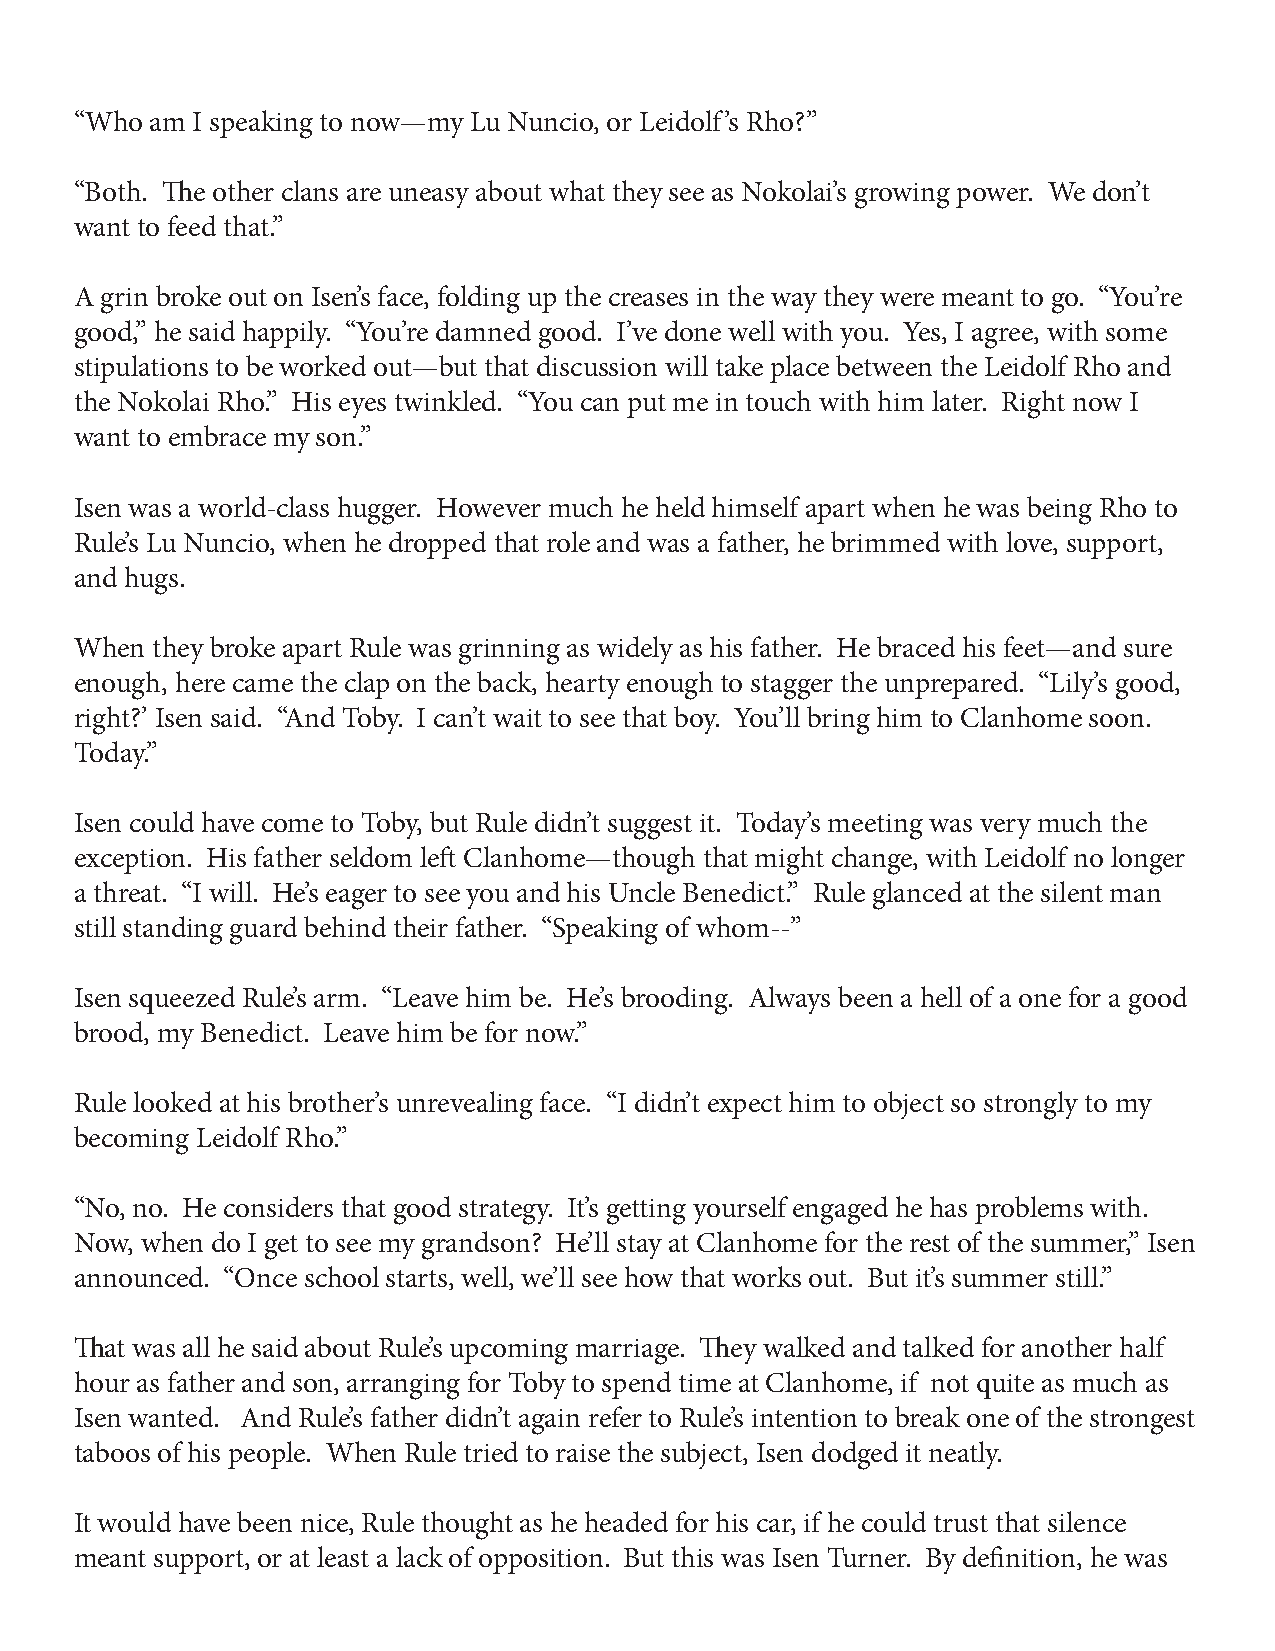
“Who am I speaking to now—my Lu Nuncio, or Leidolf’s Rho?”
 “Both. The other clans are uneasy about what they see as Nokolai’s growing power. We don’t
 want to feed that.”
 A grin broke out on Isen’s face, folding up the creases in the way they were meant to go. “You’re
 good,” he said happily. “You’re damned good. I’ve done well with you. Yes, I agree, with some
 stipulations to be worked out—but that discussion will take place between the Leidolf Rho and
 the Nokolai Rho.” His eyes twinkled. “You can put me in touch with him later. Right now I
 want to embrace my son.”
 Isen was a world-class hugger. However much he held himself apart when he was being Rho to
 Rule’s Lu Nuncio, when he dropped that role and was a father, he brimmed with love, support,
 and hugs.
 When they broke apart Rule was grinning as widely as his father. He braced his feet—and sure
 enough, here came the clap on the back, hearty enough to stagger the unprepared. “Lily’s good,
 right?’ Isen said. “And Toby. I can’t wait to see that boy. You’ll bring him to Clanhome soon.
 Today.”
 Isen could have come to Toby, but Rule didn’t suggest it. Today’s meeting was very much the
 exception. His father seldom left Clanhome—though that might change, with Leidolf no longer
 a threat. “I will. He’s eager to see you and his Uncle Benedict.” Rule glanced at the silent man
 still standing guard behind their father. “Speaking of whom--”
 Isen squeezed Rule’s arm. “Leave him be. He’s brooding. Always been a hell of a one for a good
 brood, my Benedict. Leave him be for now.”
 Rule looked at his brother’s unrevealing face. “I didn’t expect him to object so strongly to my
 becoming Leidolf Rho.”
 “No, no. He considers that good strategy. It’s getting yourself engaged he has problems with.
 Now, when do I get to see my grandson? He’ll stay at Clanhome for the rest of the summer,” Isen
 announced. “Once school starts, well, we’ll see how that works out. But it’s summer still.”
 That was all he said about Rule’s upcoming marriage. They walked and talked for another half
 hour as father and son, arranging for Toby to spend time at Clanhome, if not quite as much as
 Isen wanted. And Rule’s father didn’t again refer to Rule’s intention to break one of the strongest
 taboos of his people. When Rule tried to raise the subject, Isen dodged it neatly.
 It would have been nice, Rule thought as he headed for his car, if he could trust that silence
 meant support, or at least a lack of opposition. But this was Isen Turner. By definition, he was